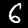
Label: 6